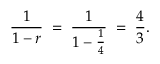
{ \frac { 1 } { 1 - r } } \; = \; { \frac { 1 } { 1 - { \frac { 1 } { 4 } } } } \; = \; { \frac { 4 } { 3 } } .